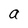
Character: a